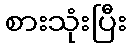
စားသုံးပြီး